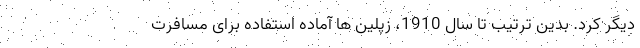
دیگر کرد. بدین ترتیب تا سال 1910، زپلین ها آماده استفاده برای مسافرت